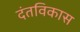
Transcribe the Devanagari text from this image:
दंतविकास